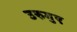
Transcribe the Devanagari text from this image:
उरुगुए